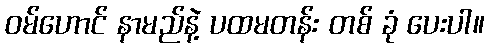
ဝမ်ဟောင် နာမည်နဲ့ ပထမတန်း တစ် ခုံ ပေးပါ။